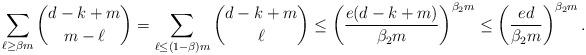
LaTeX: \begin{align*}\sum_{\ell\geq \beta m} {d-k+m\choose m-\ell} =\sum_{\ell\leq (1-\beta) m} {d-k+m\choose \ell} \leq\left(\frac{e(d-k+m)}{\beta_2 m}\right)^{\beta_2 m}\leq \left(\frac{e d}{\beta_2 m}\right)^{\beta_2 m}.\end{align*}